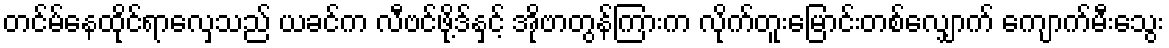
တင်မ်နေထိုင်ရာလှေသည် ယခင်က လီဗင်ဖို့ဒ်နှင့် အိုဗာတွန်ကြားက လိုက်တူးမြောင်းတစ်လျှောက် ကျောက်မီးသွေး